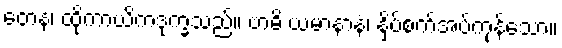
တေန၊ ထိုကာယိကဒုက္ခသည်။ ဗာဓိ ယမာနာနံ၊ နှိပ်စက်အပ်ကုန်သော။